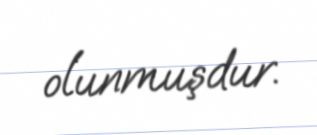
olunmuşdur.